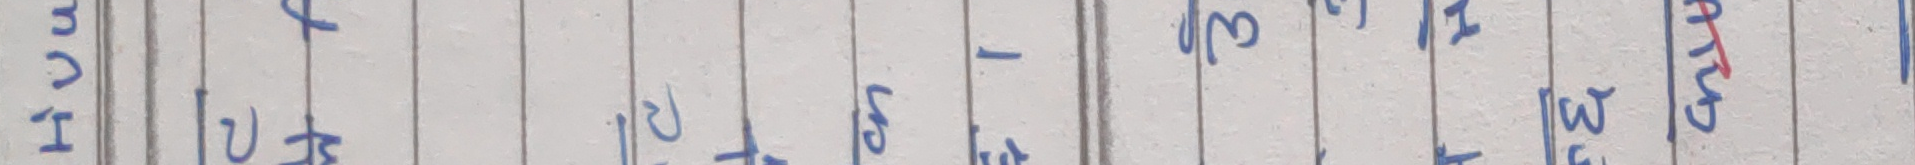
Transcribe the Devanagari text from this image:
hu
पिउन
पनि
लाई
३९